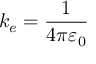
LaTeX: k _ { e } = { \frac { 1 } { 4 \pi \varepsilon _ { 0 } } }